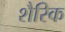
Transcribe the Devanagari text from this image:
शैरिक